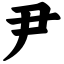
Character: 尹